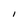
Character: I